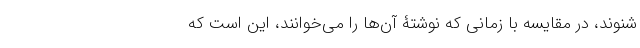
شنوند، در مقایسه با زمانی‌ که نوشتۀ آن‌ها را می‌خوانند، این است که